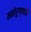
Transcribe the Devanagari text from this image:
मनोरुग्णांची